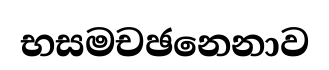
භසමචඡනෙනාව